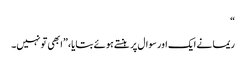
“
ریما نے ایک اور سوال پر ہنستے ہوئے بتایا، ”ابھی تو نہیں۔